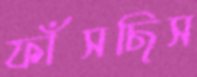
ফাঁসছিস